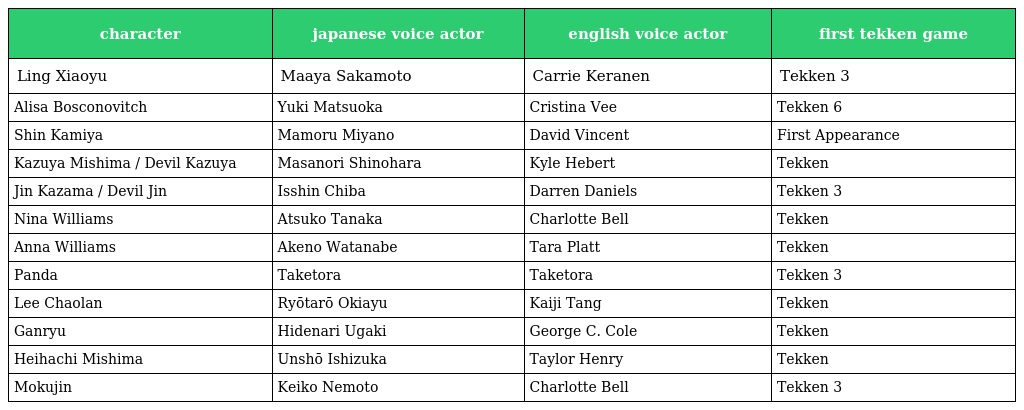
| character | japanese voice actor | english voice actor | first tekken game |
 | --- | --- | --- | --- |
 | Ling Xiaoyu | Maaya Sakamoto | Carrie Keranen | Tekken 3 |
 | Alisa Bosconovitch | Yuki Matsuoka | Cristina Vee | Tekken 6 |
 | Shin Kamiya | Mamoru Miyano | David Vincent | First Appearance |
 | Kazuya Mishima / Devil Kazuya | Masanori Shinohara | Kyle Hebert | Tekken |
 | Jin Kazama / Devil Jin | Isshin Chiba | Darren Daniels | Tekken 3 |
 | Nina Williams | Atsuko Tanaka | Charlotte Bell | Tekken |
 | Anna Williams | Akeno Watanabe | Tara Platt | Tekken |
 | Panda | Taketora | Taketora | Tekken 3 |
 | Lee Chaolan | Ryōtarō Okiayu | Kaiji Tang | Tekken |
 | Ganryu | Hidenari Ugaki | George C. Cole | Tekken |
 | Heihachi Mishima | Unshō Ishizuka | Taylor Henry | Tekken |
 | Mokujin | Keiko Nemoto | Charlotte Bell | Tekken 3 |